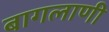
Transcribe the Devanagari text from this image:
बागलाणी